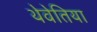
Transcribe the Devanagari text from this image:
थेवेतिया